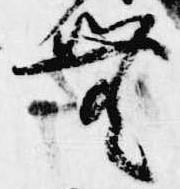
無